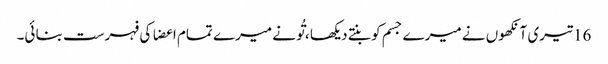
16 تیری آنکھوں نے میرے جسم کو بنتے دیکھا ، تُو نے میرے تمام اعضا کی فہرست بنا ئی۔